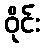
ဝိုင်း